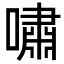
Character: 嘯